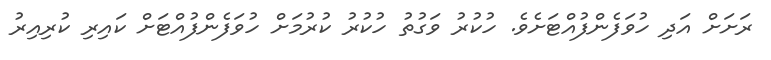
ރަށަށް އަދި ހުވަފެންފުއްޓަށެވެ. ހުކުރު ވަގުތު ހުކުރު ކުރުމަށް ހުވަފެންފުއްޓަށް ކައިރި ކުރިއިރު